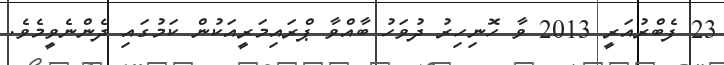
23 ފެބްރުއަރީ 2013 ވާ ހޮނިހިރު ދުވަހު ބާއްވާ ޕްރައިމަރީއަކުން ކަމުގައި ދެންނެވީމެވެ.